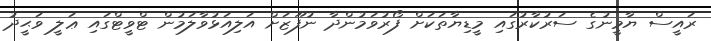
ރައީސް ޔާމީނުގެ ސަރުކާރުގައި މީޑިޔާތަކަށް ފޯރުވަމުންދާ ނުފޫޒަށް އަލިއަޅުވާލަމުން ޓްވީޓްގައި ޢަލީ ވަޙީދު